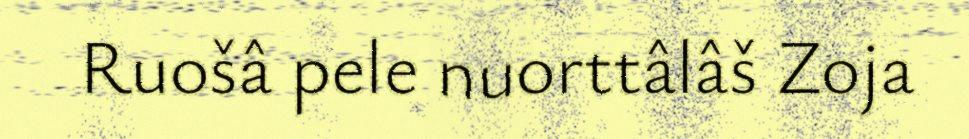
Ruošâ pele nuorttâlâš Zoja